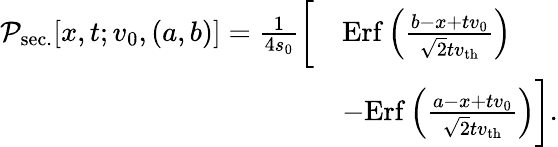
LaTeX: \begin{array}{rl}{\mathcal{P}_{\mathrm{sec.}}[x,t;v_{0},(a,b)]=\frac{1}{4s_{0}}\bigg[}&{\mathrm{Erf}\left(\frac{b-x+tv_{0}}{\sqrt{2}tv_{\mathrm{th}}}\right)}\\ &{-\mathrm{Erf}\left(\frac{a-x+tv_{0}}{\sqrt{2}tv_{\mathrm{th}}}\right)\bigg].}\end{array}